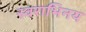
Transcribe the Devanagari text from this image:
स्वराभिनय